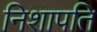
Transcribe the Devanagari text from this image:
निशापति